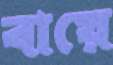
বায়ে